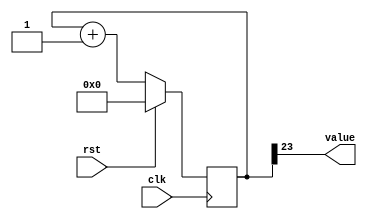
/*
   This file was generated automatically by the Mojo IDE version B1.3.6.
   Do not edit this file directly. Instead edit the original Lucid source.
   This is a temporary file and any changes made to it will be destroyed.
*/

/*
   Parameters:
     SIZE = 1
     DIV = 23
     TOP = 0
     UP = 1
*/
module counter_22 (
    input clk,
    input rst,
    output reg [0:0] value
  );
  
  localparam SIZE = 1'h1;
  localparam DIV = 5'h17;
  localparam TOP = 1'h0;
  localparam UP = 1'h1;
  
  
  reg [23:0] M_ctr_d, M_ctr_q = 1'h0;
  
  localparam MAX_VALUE = 24'h7fffff;
  
  always @* begin
    M_ctr_d = M_ctr_q;
    
    value = M_ctr_q[23+0-:1];
    if (1'h1) begin
      M_ctr_d = M_ctr_q + 1'h1;
      if (1'h0 && M_ctr_q == 24'h7fffff) begin
        M_ctr_d = 1'h0;
      end
    end else begin
      M_ctr_d = M_ctr_q - 1'h1;
      if (1'h0 && M_ctr_q == 1'h0) begin
        M_ctr_d = 24'h7fffff;
      end
    end
  end
  
  always @(posedge clk) begin
    if (rst == 1'b1) begin
      M_ctr_q <= 1'h0;
    end else begin
      M_ctr_q <= M_ctr_d;
    end
  end
  
endmodule